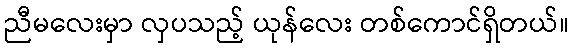
ညီမလေးမှာ လှပသည့် ယုန်လေး တစ်ကောင်ရှိတယ်။